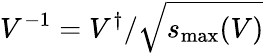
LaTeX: V^{-1}=V^{\dagger}/\sqrt{s_{\mathrm{max}}(V)}